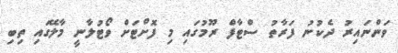
ވަންނައިރު ދެކުނު ފަރާތު ސްޓާފް ރޫމުގައި މި ފޮށްޓަށް ވޯޓުލާނީ މާލޭގައި ތިބި